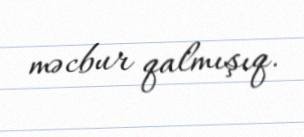
məcbur qalmışıq.